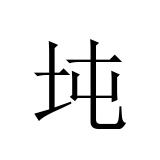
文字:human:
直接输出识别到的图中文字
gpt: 坉